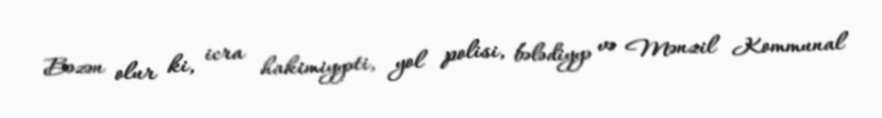
Bəzən olur ki, icra hakimiyyəti, yol polisi, bələdiyyə və Mənzil Kommunal